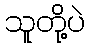
သူတို့ပဲ